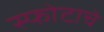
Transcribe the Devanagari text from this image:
स्फोटाचे